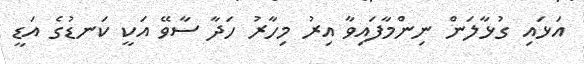
އަޅައި ގުޅާލަން ނިންމާފައިވާ އިރު މިހާރު ހަދާ ސާވޭ އަކީ ކަނޑުގެ އަޑީ